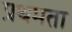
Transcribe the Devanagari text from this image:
प्रथमता